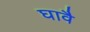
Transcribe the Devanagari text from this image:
घावै